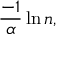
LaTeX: { \frac { - 1 } { \alpha } } \ln n ,